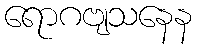
ရောဂဗျသနေန